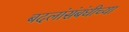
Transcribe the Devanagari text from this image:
बदलांसंबंधीच्या